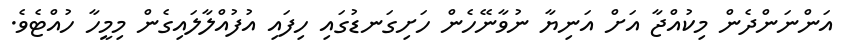
އަންނަންދެން މިކުއްޖާ އަށް އަނިޔާ ނުވާނޭހެން ހަށިގަނޑުގައި ހިފައި އުފުއްލާލައިގެން މިމީހާ ހުއްޓެވެ.